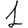
Digit: 1